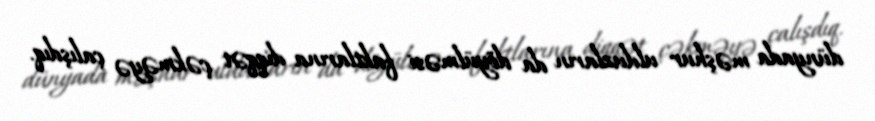
dünyada məşhur ulduzların da döyülməsi faktlarına diqqət çəkməyə çalışdıq.